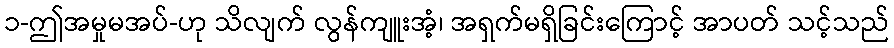
၁-ဤအမှုမအပ်-ဟု သိလျက် လွန်ကျူးအံ့၊ အရှက်မရှိခြင်းကြောင့် အာပတ် သင့်သည်